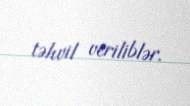
təhvil veriliblər.